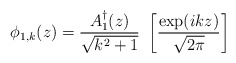
\begin{align*}\phi_{1,k}(z) = {{A_{1}^{\dagger}(z)} \over {\sqrt{k^2 + 1}}} \ \left[{{\exp(ikz)} \over{\sqrt{2 \pi}}} \right]\end{align*}